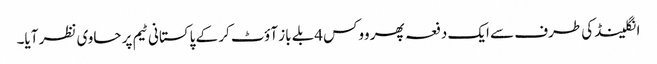
انگلینڈ کی طرف سے ایک دفعہ پھر ووکس 4بلے باز آؤٹ کر کے پاکستانی ٹیم پر حاوی نظر آیا۔